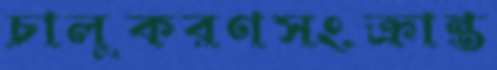
চালুকরণসংক্রান্ত